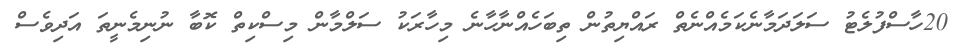
20ހާސްފުލެޓު ސަލަދަމާނެކަމެއްނެތް ރައްޔިތުން ތިބަހެއްނާހާނެ މިހާރަކު ސަލްމާން މިސްކިތް ކޮބާ ނުނިމެނީތަ އަދިވެސް